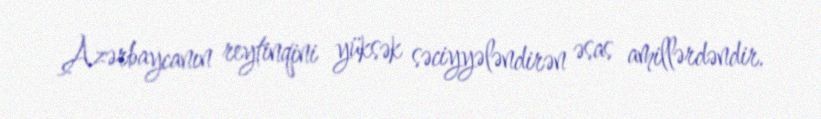
Azərbaycanın reytinqini yüksək səciyyələndirən əsas amillərdəndir.